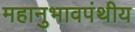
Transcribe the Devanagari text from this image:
महानुभावपंथीय